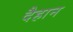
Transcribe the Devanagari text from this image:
दैहान